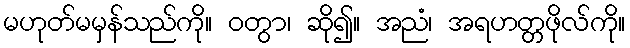
မဟုတ်မမှန်သည်ကို။ ဝတွာ၊ ဆို၍။ အညံ၊ အရဟတ္တဖိုလ်ကို။